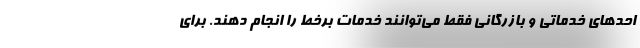
احدهای خدماتی و بازرگانی فقط می‌توانند خدمات برخط را انجام دهند. برای